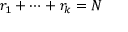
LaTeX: r _ { 1 } + \cdots + r _ { k } = N